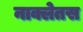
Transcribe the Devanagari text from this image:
नाक्लेतस